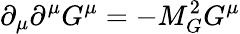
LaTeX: \partial_{\mu}\partial^{\mu}G^{\mu}=-M_{G}^{2}G^{\mu}